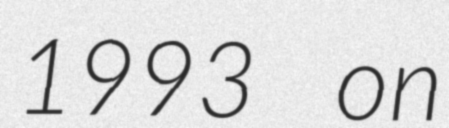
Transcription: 1993 on